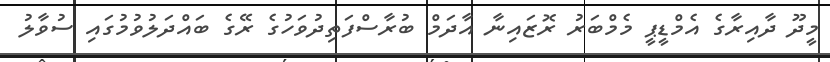
މީދޫ ދާއިރާގެ އެމްޑީޕީ މެމްބަރު ރޮޒައިނާ އާދަމް ބުރާސްފަތިދުވަހުގެ ރޭގެ ބައްދަލުވުމުގައި ސުވާލު